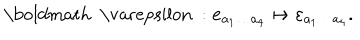
\mathrm { \boldmath ~ \ v a r e p s i l o n ~ } : { \bf e } _ { a _ { 1 } \ldots a _ { 4 } } \mapsto \varepsilon _ { a _ { 1 } \ldots a _ { 4 } } .